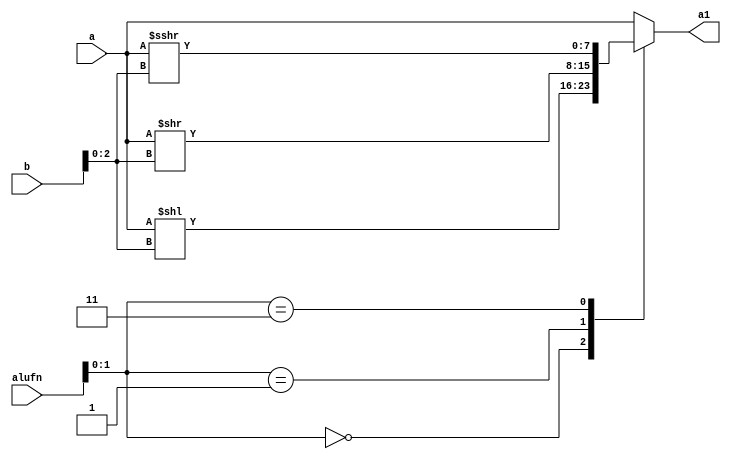
/*
   This file was generated automatically by the Mojo IDE version B1.3.3.
   Do not edit this file directly. Instead edit the original Lucid source.
   This is a temporary file and any changes made to it will be destroyed.
*/

module shifter_12 (
    input [5:0] alufn,
    input [7:0] a,
    input [7:0] b,
    output reg [7:0] a1
  );
  
  
  
  always @* begin
    
    case (alufn[0+1-:2])
      2'h0: begin
        a1 = a << b[0+2-:3];
      end
      2'h1: begin
        a1 = a >> b[0+2-:3];
      end
      2'h3: begin
        a1 = $signed(a) >>> b[0+2-:3];
      end
      default: begin
        a1 = a;
      end
    endcase
  end
endmodule